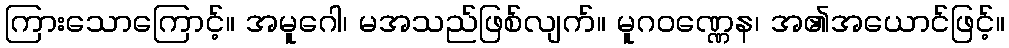
ကြားသောကြောင့်။ အမူဂေါ၊ မအသည်ဖြစ်လျက်။ မူဂဝဏ္ဏေန၊ အ၏အယောင်ဖြင့်။